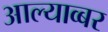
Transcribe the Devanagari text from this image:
आल्याव्बर